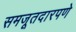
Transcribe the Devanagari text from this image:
समजूतदारपणे